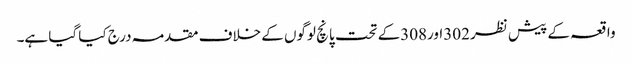
واقعہ کے پیش نظر 302اور308کے تحت پانچ لوگوں کے خلاف مقدمہ درج کیا گیا ہے۔